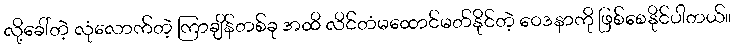
လို့ခေါ်တဲ့ လုံလောက်တဲ့ ကြာချိန်တစ်ခု အထိ လိင်တံမထောင်မတ်နိုင်တဲ့ ဝေဒနာကို ဖြစ်စေနိုင်ပါတယ်။